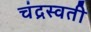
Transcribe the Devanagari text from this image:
चंद्रस्वती